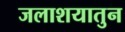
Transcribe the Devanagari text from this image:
जलाशयातुन